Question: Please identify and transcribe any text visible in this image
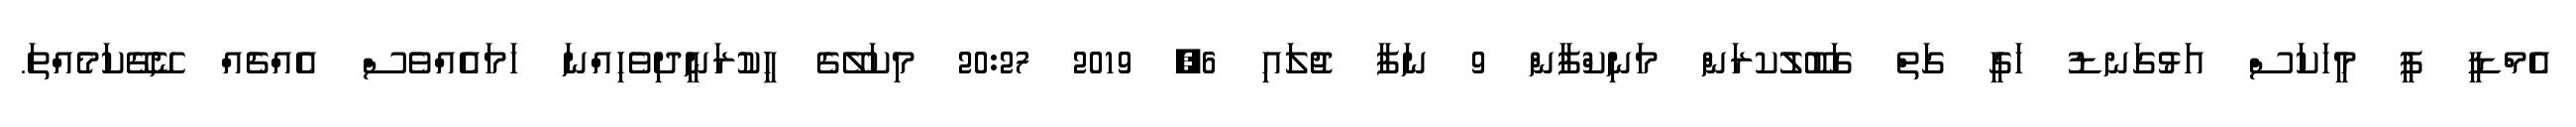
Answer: އެމްޑީ ޕީ މީހަކަސް އަޅުގަނޑު ހަގީ ގަތް ގަބޫލުކރަން މަނިކްފާން 9 ނަފާ ޖުލައި 6, 2019 20:27 މިކަލޭގެ ހީިކުރަނީދިވެހިއްނަ ހަމައެއްވެސް އެއްޗެއް ނޭގޭކަމެއްތަ.